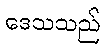
ဒေသသည်